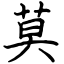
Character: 莫